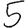
Digit: 5